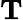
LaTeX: \textbf{T}